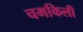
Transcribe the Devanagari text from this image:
चमकिली